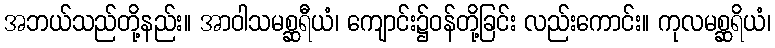
အဘယ်သည်တို့နည်း။ အာဝါသမစ္ဆရီယံ၊ ကျောင်း၌ဝန်တို့ခြင်း လည်းကောင်း။ ကုလမစ္ဆရိယံ၊